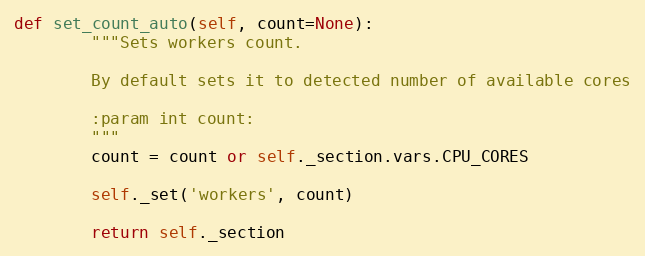
Language: Python
def set_count_auto(self, count=None):
        """Sets workers count.

        By default sets it to detected number of available cores

        :param int count:
        """
        count = count or self._section.vars.CPU_CORES

        self._set('workers', count)

        return self._section